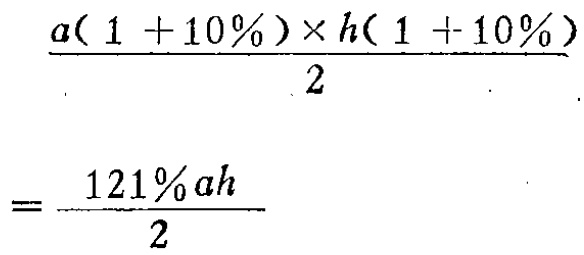
\[\frac{a(1 + 10\%)\times h(1 + 10\%)}{2}=\frac{121\%ah}{2}\]